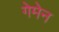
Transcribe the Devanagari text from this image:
गेमेन